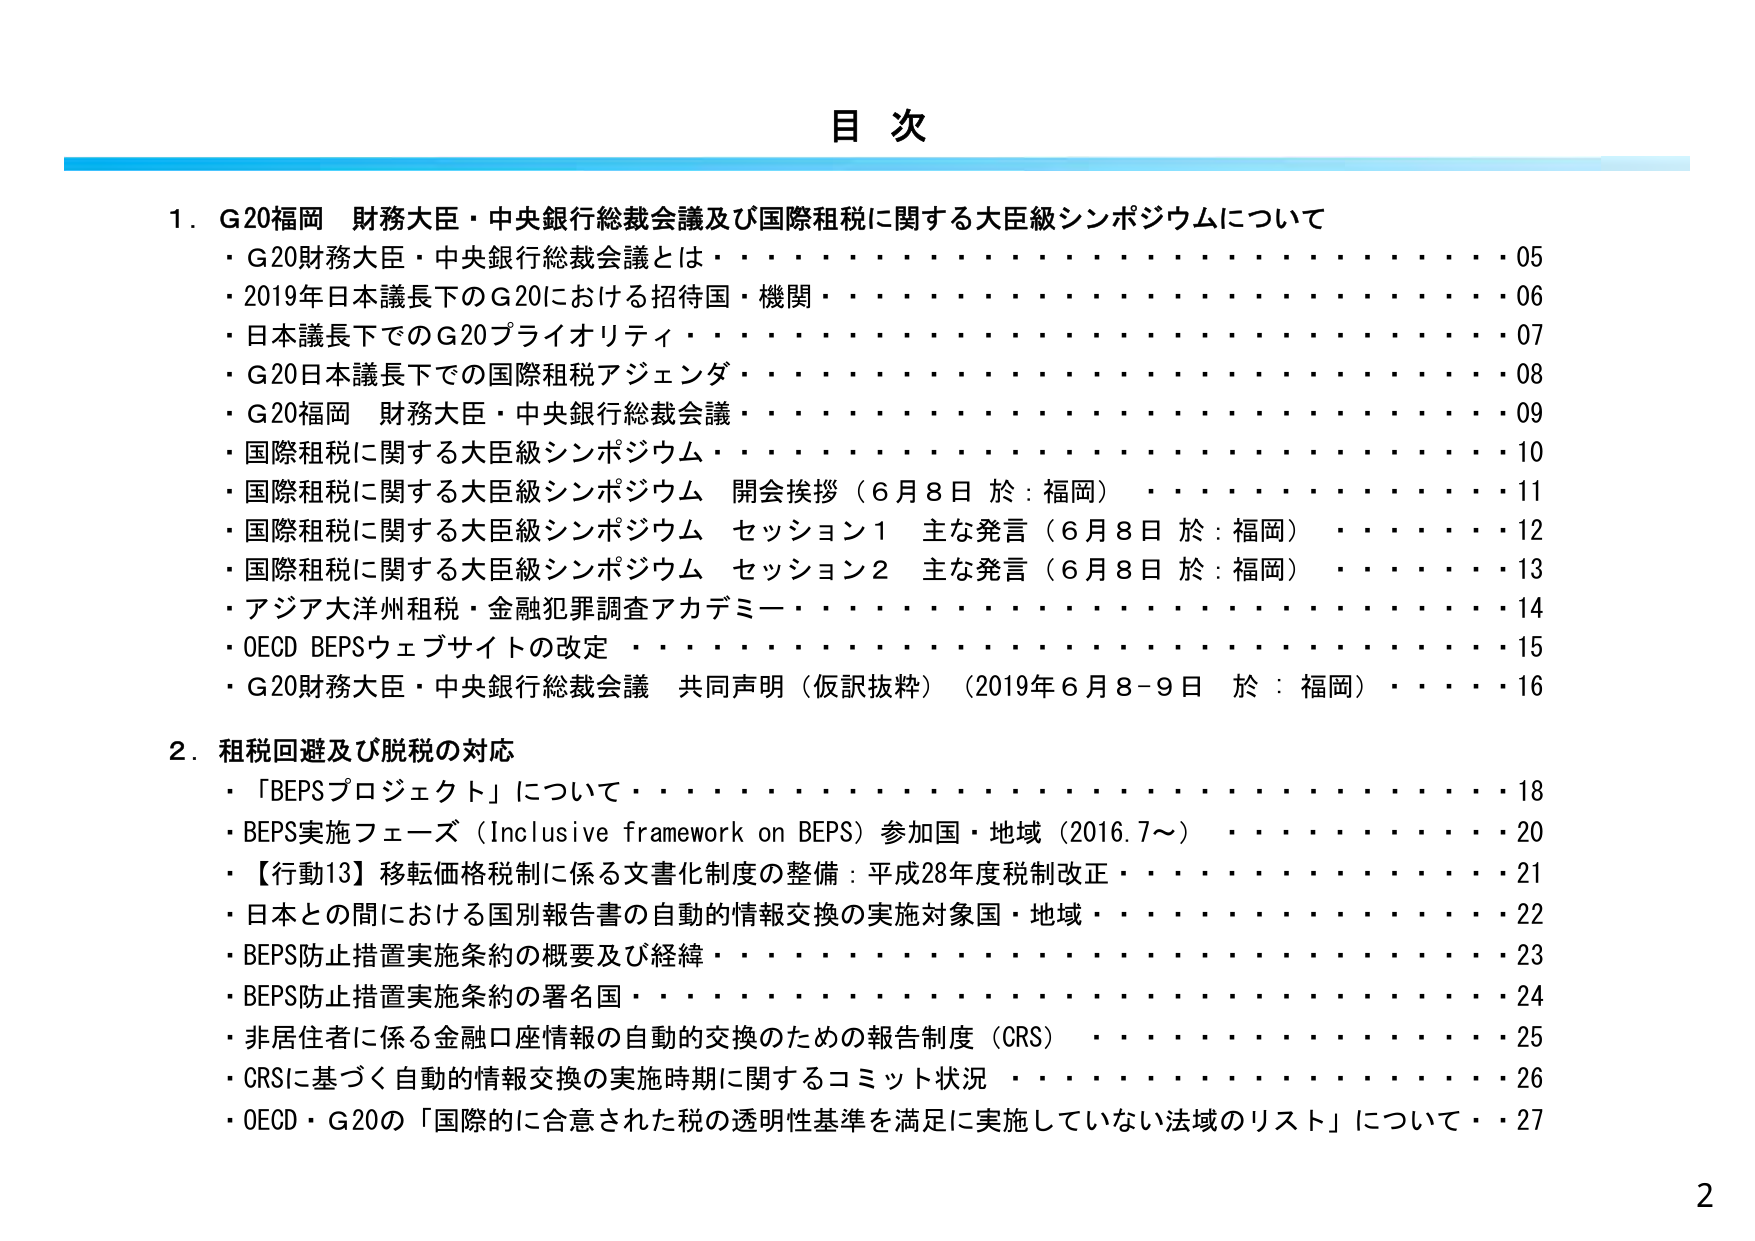
目 次

1．G20福岡 財務大臣・中央銀行総裁会議及び国際租税に関する大臣級シンポジウムについて
・G20財務大臣・中央銀行総裁会議とは・・・・・・・・・・・・・・・・・・・・・・・・・・05
・2019年日本議長下でのG20における招待国・機関・・・・・・・・・・・・・・・・・・・・・・06
・日本議長下でのG20プライオリティ・・・・・・・・・・・・・・・・・・・・・・・・・・・・07
・G20日本議長下での国際租税アジェンダ・・・・・・・・・・・・・・・・・・・・・・・・・・08
・G20福岡 財務大臣・中央銀行総裁会議・・・・・・・・・・・・・・・・・・・・・・・・・・09
・国際租税に関する大臣級シンポジウム・・・・・・・・・・・・・・・・・・・・・・・・・・10
・国際租税に関する大臣級シンポジウム 開会挨拶（6月8日 於：福岡）・・・・・・・・・・11
・国際租税に関する大臣級シンポジウム セッション1 主な発言（6月8日 於：福岡）・・・・12
・国際租税に関する大臣級シンポジウム セッション2 主な発言（6月8日 於：福岡）・・・・13
・アジア大洋州租税・金融犯罪調査アカデミー・・・・・・・・・・・・・・・・・・・・・・14
・OECD BEPSウェブサイトの改定・・・・・・・・・・・・・・・・・・・・・・・・・・・・15
・G20財務大臣・中央銀行総裁会議 共同声明（仮訳抜粋）（2019年6月8-9日 於：福岡）・・16

2．租税回避及び脱税の対応
・「BEPSプロジェクト」について・・・・・・・・・・・・・・・・・・・・・・・・・・・・18
・BEPS実施フェーズ（Inclusive framework on BEPS）参加国・地域（2016.7～）・・・・・・20
・【行動13】移転価格税制に係る文書化制度の整備：平成28年度税制改正・・・・・・・・・・21
・日本との間における国別報告書の自動的情報交換の実施対象国・地域・・・・・・・・・・22
・BEPS防止措置実施条約の概要及び経緯・・・・・・・・・・・・・・・・・・・・・・・・・23
・BEPS防止措置実施条約の署名国・・・・・・・・・・・・・・・・・・・・・・・・・・・・24
・非居住者に係る金融口座情報の自動的交換のための報告制度（CRS）・・・・・・・・・・25
・CRSに基づく自動的情報交換の実施時期に関するコミット状況・・・・・・・・・・・・・26
・OECD・G20の「国際的に合意された税の透明性基準を満足に実施していない法域のリスト」について・27

2